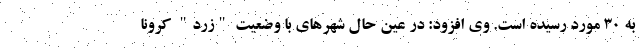
به 30 مورد رسیده است. وی افزود: در عین حال شهرهای با وضعیت "زرد" کرونا